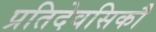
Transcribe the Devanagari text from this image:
प्रतिदेवसिकौ